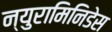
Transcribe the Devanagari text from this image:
न्युरामिनिडेस